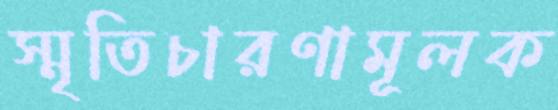
স্মৃতিচারণামূলক